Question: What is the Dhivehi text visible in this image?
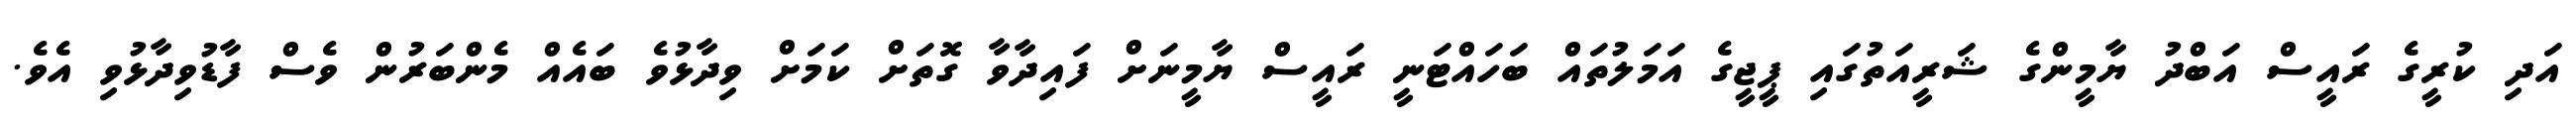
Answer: އަދި ކުރީގެ ރައީސް އަބްދު ޔާމީންގެ ޝަރީއަތުގައި ޕީޖީގެ އަމަލުތައް ބަހައްޓަނީ ރައީސް ޔާމީނަށް ފައިދާވާ ގޮތަށް ކަމަށް ވިދާޅުވެ ބައެއް މެންބަރުން ވެސް ފާޑުވިދާޅުވި އެވެ.